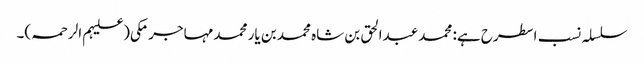
سلسلہ نسب اسطرح ہے: محمد عبدالحق بن شاہ محمد بن یار محمد مہاجر مکی(علیہم الرحمہ)۔